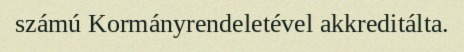
számú Kormányrendeletével akkreditálta.